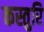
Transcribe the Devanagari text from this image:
कस्तुरि